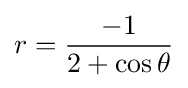
r={\frac {-1}{2+\cos \theta }}